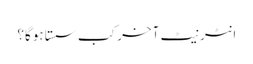
انٹرنیٹ آخر کب سستا ہوگا؟